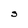
Character: S